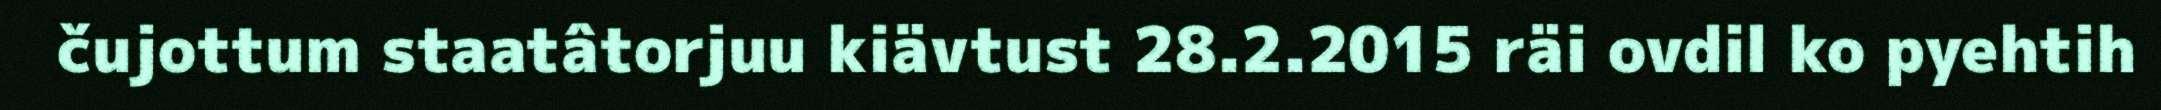
čujottum staatâtorjuu kiävtust 28.2.2015 räi ovdil ko pyehtih